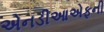
એનડીઆએફની